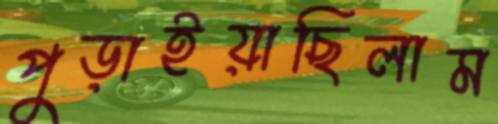
পুড়াইয়াছিলাম